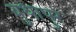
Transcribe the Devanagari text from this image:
बुधापुर